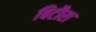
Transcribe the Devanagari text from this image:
बिटौरा